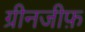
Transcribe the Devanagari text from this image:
ग्रीनजीफ़